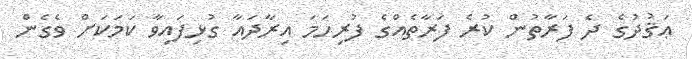
ޢަޤުދުގެ ދެ ފަރާތުން ކުރެ ފަރާތެއްގެ ފުރިހަމަ އިރާދައާ ގުޅިފައިވާ ކަމަކަށް ވެގެން